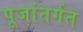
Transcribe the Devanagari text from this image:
पूजांतर्गत